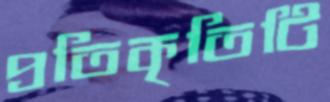
প্রতিকৃতিটি